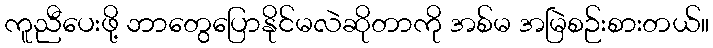
ကူညီပေးဖို့ ဘာတွေပြောနိုင်မလဲဆိုတာကို အစ်မ အမြဲစဉ်းစားတယ်။